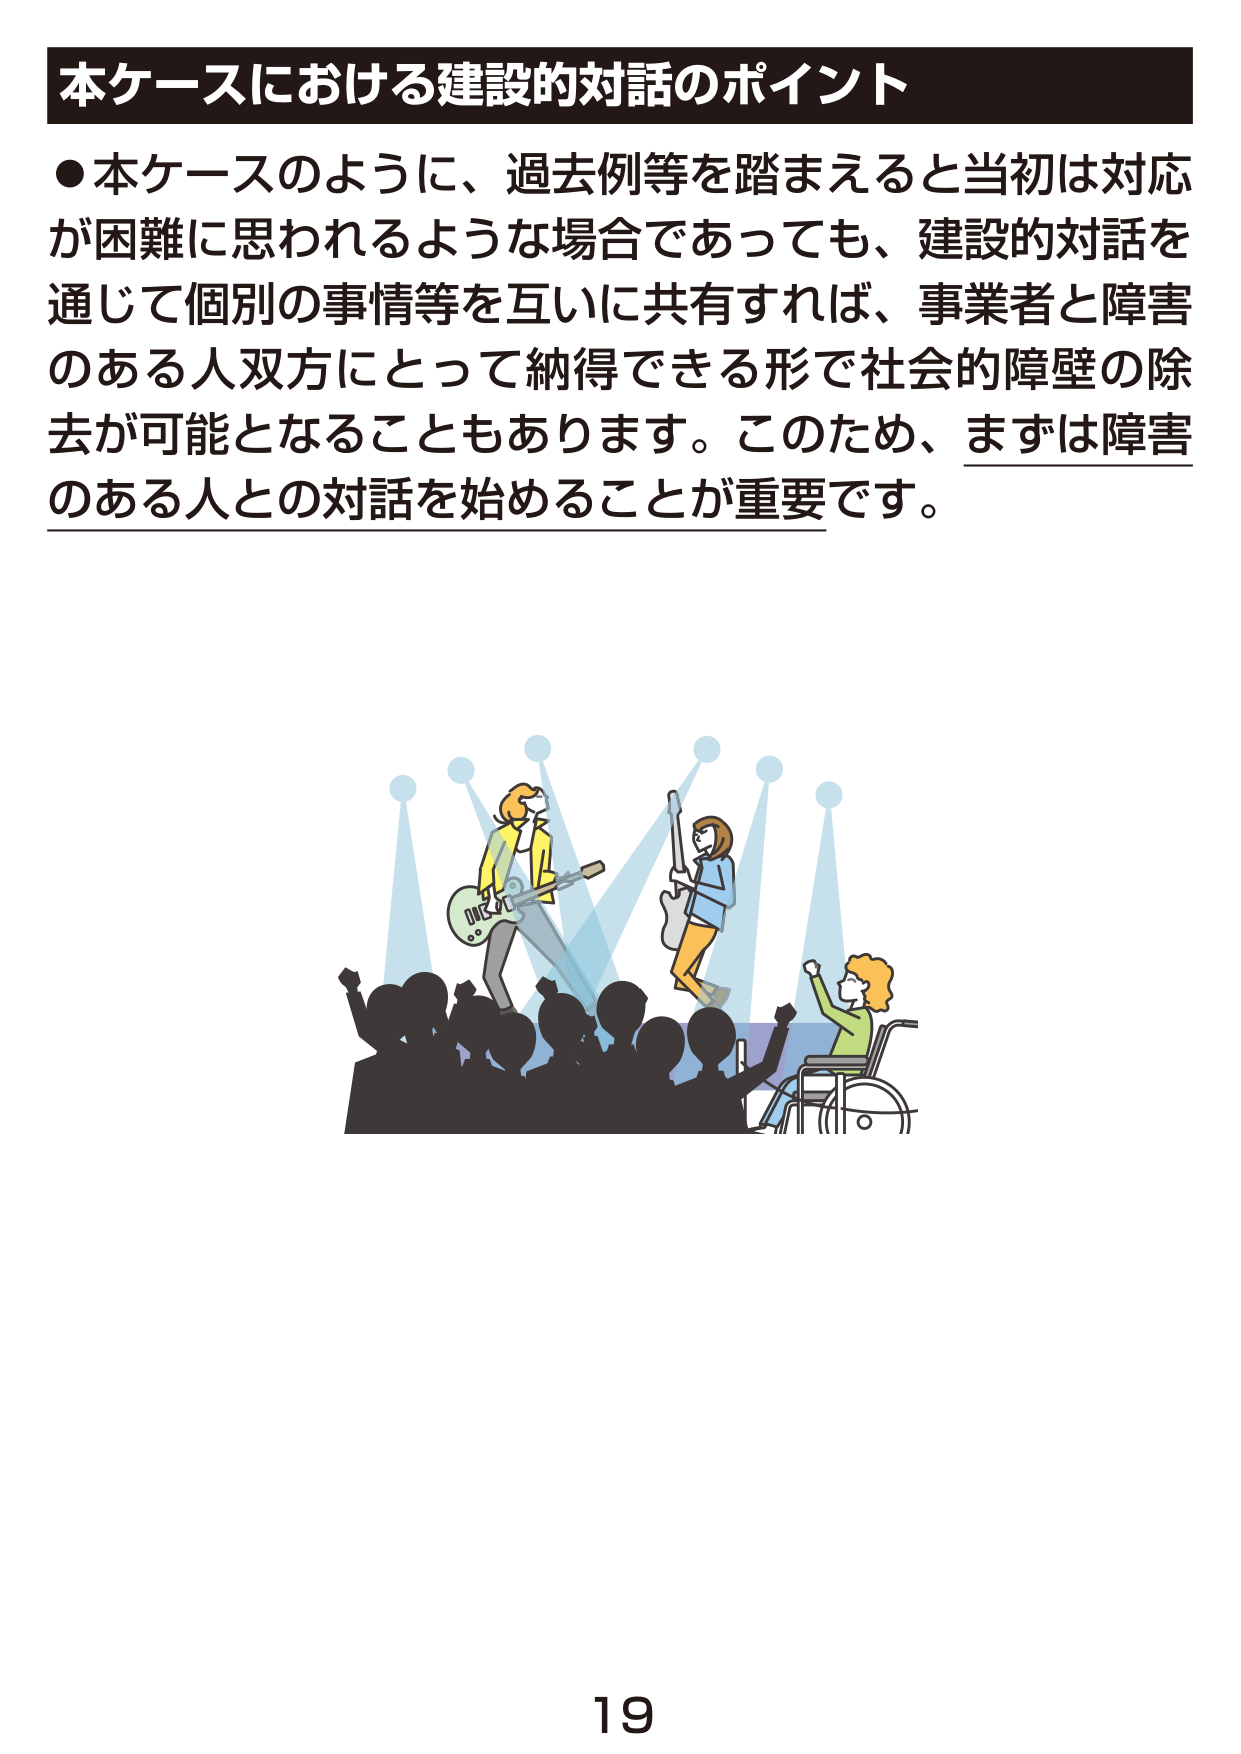
本ケースにおける建設的対話のポイント

●本ケースのように、過去例等を踏まえると当初は対応が困難に思われるような場合であっても、建設的対話を通じて個別の事情等を互いに共有すれば、事業者と障害のある人双方にとって納得できる形で社会的障壁の除去が可能となることもあります。このため、まずは障害のある人との対話を始めることが重要です。

19